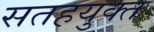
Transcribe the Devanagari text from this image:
सतहयुक्त